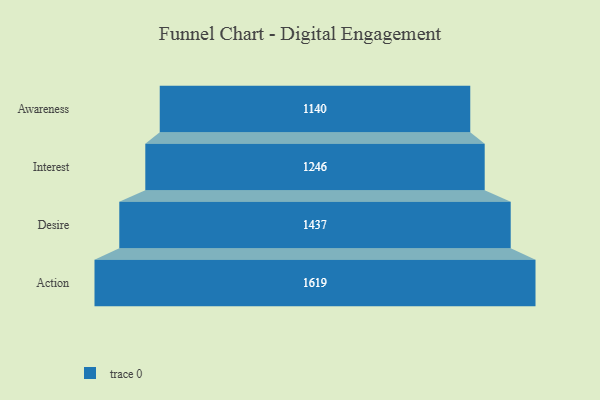
{"axis": {"x": "Stage", "y": "Value"}, "legend": [""], "data": [{"x": "Awareness", "y": 1140.0, "type": ""}, {"x": "Interest", "y": 1246.0, "type": ""}, {"x": "Desire", "y": 1437.0, "type": ""}, {"x": "Action", "y": 1619.0, "type": ""}]}